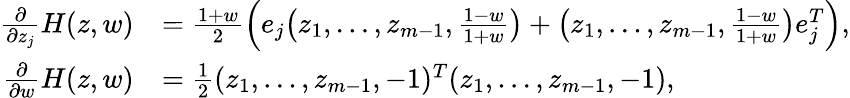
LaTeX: \begin{array}{rl}{\frac{\partial}{\partial z_{j}}H(z,w)}&{=\frac{1+w}{2}\left(e_{j}\big(z_{1},\dots,z_{m-1},\frac{1-w}{1+w}\big)+\big(z_{1},\dots,z_{m-1},\frac{1-w}{1+w}\big)e_{j}^{T}\right),}\\ {\frac{\partial}{\partial w}H(z,w)}&{=\frac{1}{2}(z_{1},\dots,z_{m-1},-1)^{T}(z_{1},\dots,z_{m-1},-1),}\end{array}